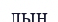
лың